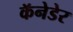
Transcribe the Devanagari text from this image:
कॅनेडेर